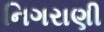
નિગરાણી